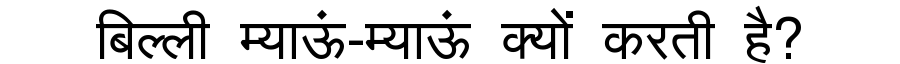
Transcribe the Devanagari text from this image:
बिल्ली म्याऊं-म्याऊं क्यों करती है?